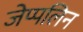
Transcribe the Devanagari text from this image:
जेप्पलिन